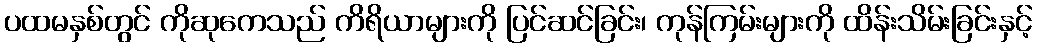
ပထမနှစ်တွင် ကိုဆုကေသည် ကိရိယာများကို ပြင်ဆင်ခြင်း၊ ကုန်ကြမ်းများကို ထိန်းသိမ်းခြင်းနှင့်